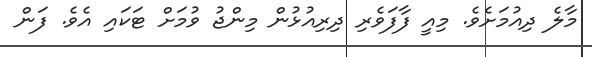
މާލެ ދިއުމަށެވެ. މިއީ ފާފަވެރި ދިރިއުޅުން މިންޖު ވުމަށް ޓަކައި އެވެ. ފަން